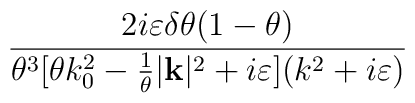
\frac{2i\varepsilon \delta \theta (1-\theta )}{\theta ^{3}[\theta k_{0}^{2}-\frac{1}{\theta }|\mathbf{k}|^{2}+i\varepsilon ](k^{2}+i\varepsilon )}